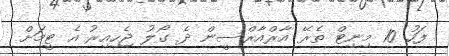
ފަހު 10 މިނިޓް ތެރޭ އާރްއާރްސީން ދެ ގޯލު ޖެހިއިރު އެ ޓީމަށް